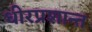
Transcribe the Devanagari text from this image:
धीरप्रशान्त